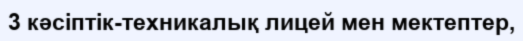
3 кәсіптік-техникалық лицей мен мектептер,